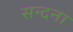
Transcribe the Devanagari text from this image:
सन्दना